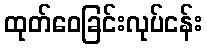
ထုတ်ဝေခြင်းလုပ်ငန်း